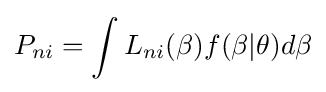
P_{ni}=\int L_{ni}(\beta )f(\beta |\theta )d\beta